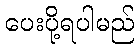
ပေးပို့ရပါမည်